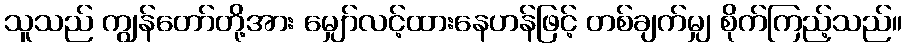
သူသည် ကျွန်တော်တို့အား မျှော်လင့်ထားနေဟန်ဖြင့် တစ်ချက်မျှ စိုက်ကြည့်သည်။